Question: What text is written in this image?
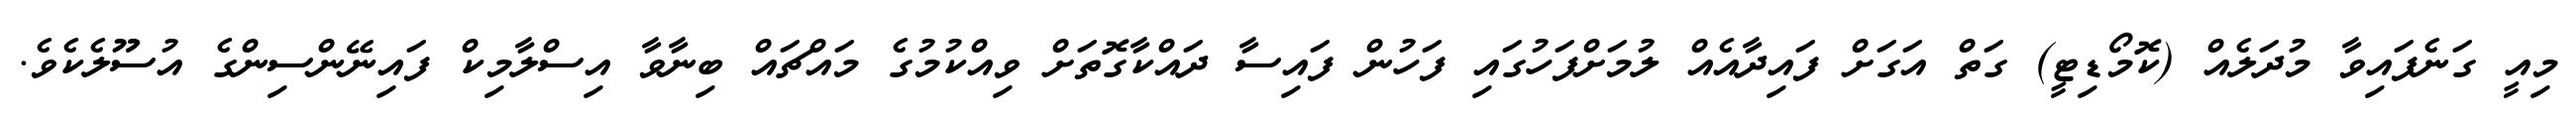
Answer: މިއީ ގަނެފައިވާ މުދަލެއް (ކޮމޯޑިޓީ) ގަތް އަގަށް ފައިދާއެއް ލުމަށްފަހުގައި ފަހުން ފައިސާ ދައްކާގޮތަށް ވިއްކުމުގެ މައްޗައް ބިނާވާ އިސްލާމިކް ފައިނޭންސިންގެ އުސޫލެކެވެ.